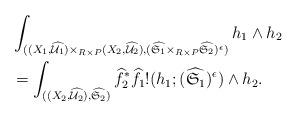
LaTeX: \begin{align*}\aligned&\int_{((X_1,\widehat{\mathcal U_1}) \times_{R\times P}(X_2,\widehat{\mathcal U_2}),(\widehat{\frak S_1}\times_{R\times P}\widehat{\frak S_2})^{\epsilon})}h_1 \wedge h_2 \\&=\int_{((X_2,\widehat{\mathcal U_2}),\widehat{\frak S_2})}\widehat f_2^* \widehat f_1!(h_1;(\widehat{\frak S_1})^{\epsilon})\wedge h_2.\endaligned\end{align*}